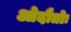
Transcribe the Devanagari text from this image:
ओदौतोः